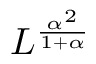
L ^ { \frac { \alpha ^ { 2 } } { 1 + \alpha } }